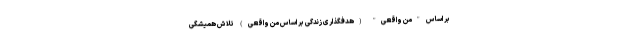
بر اساس "منِ واقعی" (هدفگذاری زندگی بر اساس منِ واقعی) تلاش همیشگی